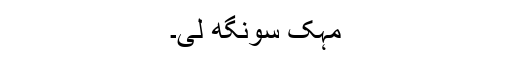
مہک سونگھ لی۔